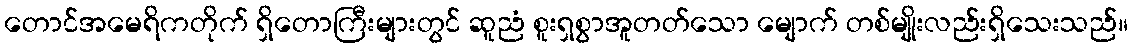
တောင်အမေရိကတိုက် ရှိတောကြီးများတွင် ဆူညံ စူးရှစွာအူတတ်သော မျောက် တစ်မျိုးလည်းရှိသေးသည်။